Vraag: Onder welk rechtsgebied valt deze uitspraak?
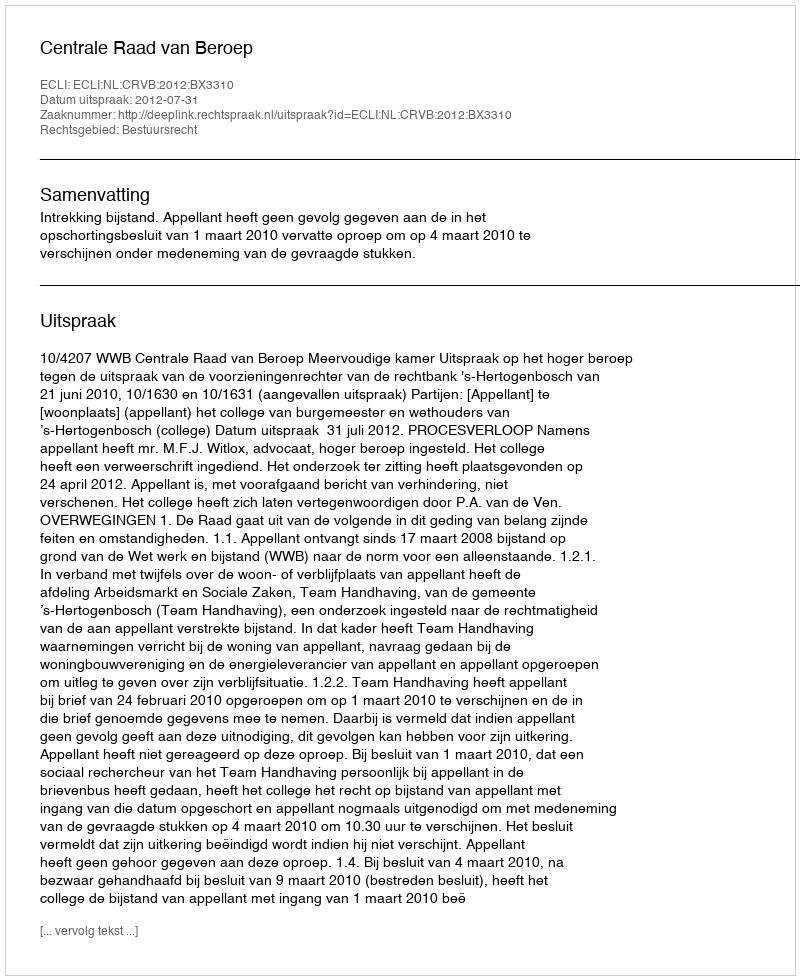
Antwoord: Bestuursrecht